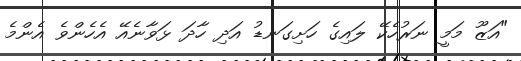
"އަޒޫ މަމީ ނަރުހެކޭ ލައިގެ ހަށިގަނޑު އަދި ހާދަ ޅަވާނެއޭ އެހެންވެ އެންމެ